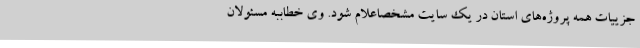
جزییات همه پروژه‌های استان در یک سایت مشخصاعلام شود. وی خطاببه مسئولان